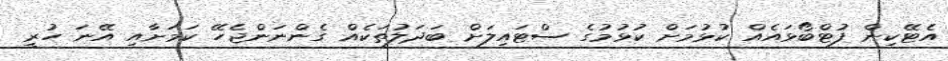
އެޓޭކިން ފުޓްބޯޅައެއް ކުޅުމަށް ކުޅުމުގެ ސްޓައިލަށް ބަދަލުތަކެއް ގެންނަންޖެހޭ ކަމަށާއި އޭނަ ހުރީ